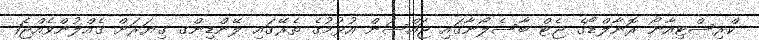
ކްރިސްޓިއާނޯ ރޮނާލްޑޯގެ ޖެޓް ބާސެލޯނާގައި ޖައްސަން އުޅުމުގެ ތެރޭގައި ލޭންޑިންގ ގިޔަރަށް ގެއްލުންވެއްޖެ1